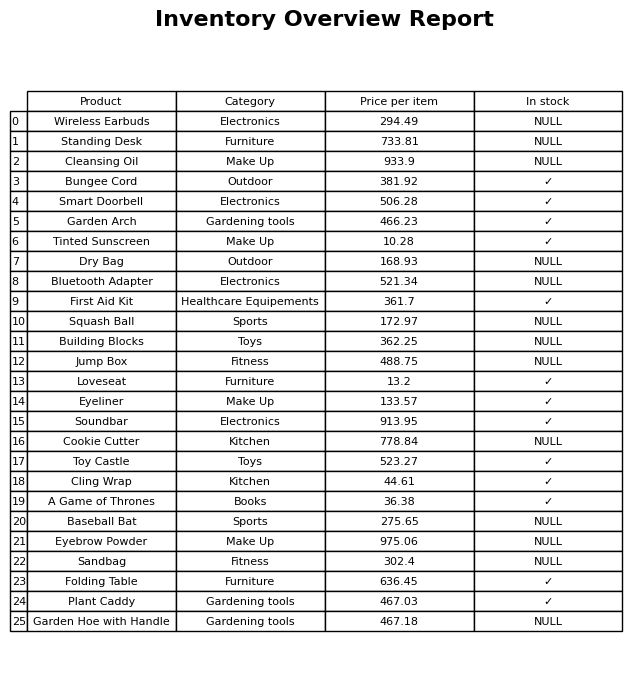
question: Which products are available in stock?
answer: Bungee Cord, Smart Doorbell, Garden Arch, Tinted Sunscreen, First Aid Kit, Loveseat, Eyeliner, Soundbar, Toy Castle, Cling Wrap, A Game of Thrones, Folding Table, Plant Caddy